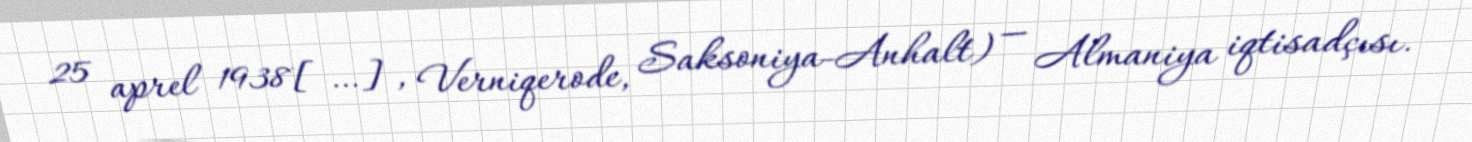
25 aprel 1938[…], Verniqerode, Saksoniya-Anhalt) — Almaniya iqtisadçısı.